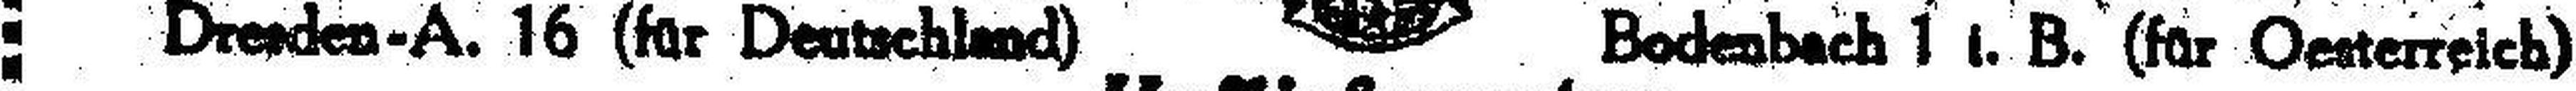
Dresden-A. 16 (für Deutschland) Bodenbach 1 ###. B.(für Oesterreich)